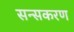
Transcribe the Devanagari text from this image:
सन्सकरण